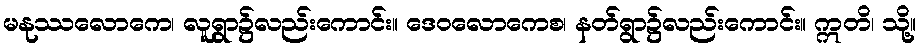
မနုဿလောကေ၊ လူရွာ၌လည်းကောင်း။ ဒေဝလောကေစ၊ နတ်ရွာ၌လည်းကောင်း။ ဣတိ၊ သို့။